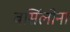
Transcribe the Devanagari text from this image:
बर्सिलोना